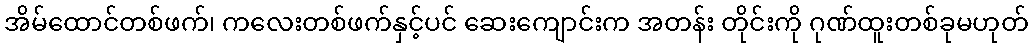
အိမ်ထောင်တစ်ဖက်၊ ကလေးတစ်ဖက်နှင့်ပင် ဆေးကျောင်းက အတန်း တိုင်းကို ဂုဏ်ထူးတစ်ခုမဟုတ်